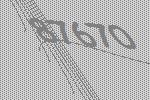
87670